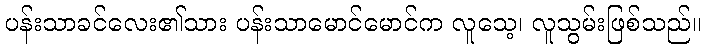
ပန်းသာခင်လေး၏သား ပန်းသာမောင်မောင်က လူသေ့၊ လူသွမ်းဖြစ်သည်။